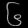
Digit: ၆